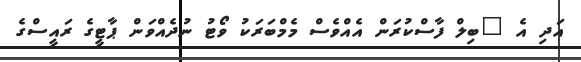
އަދި އެ "ބިލް ފާސްކުރަން އެއްވެސް މެމްބަރަކު ވޯޓު ނުދެއްވަން ޕާޓީގެ ރައީސްގެ